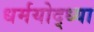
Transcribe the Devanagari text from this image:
धर्मयोद्ध्या